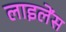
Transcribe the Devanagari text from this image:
लाइलेंस